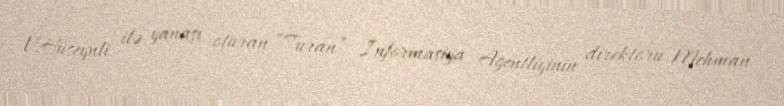
V.Hüseynli ilə yanaşı oturan “Turan” İnformasiya Agentliyinin direktoru Mehman